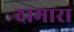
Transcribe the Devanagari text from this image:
दामारा